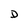
Character: D